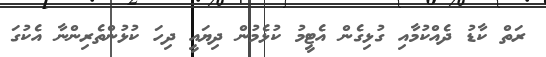
ރަތް ކާޑު ދެއްކުމާއި ގުޅިގެން އެޓީމު ކުޅެމުން ދިޔައީ ދިހަ ކުޅުންތެރިންނާ އެކުގަ